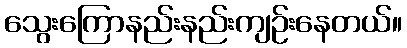
သွေးကြောနည်းနည်းကျဉ်းနေတယ်။